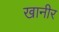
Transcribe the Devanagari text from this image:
खानीर